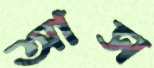
আস